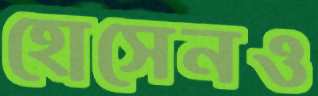
হোসেনও